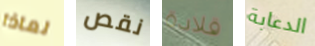
لماذا نقص قلادة الدعابة